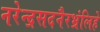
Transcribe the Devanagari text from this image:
नरेन्द्रसदनैरभ्रंलिहे